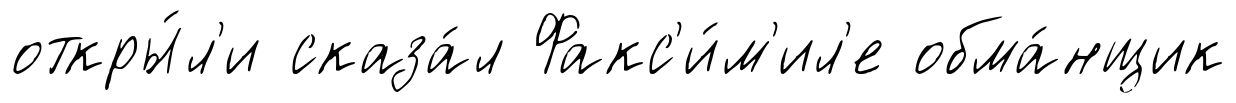
откры́л'и сказа́л Факс'и́м'ил'е обма́нщик